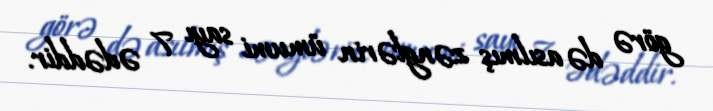
görə də asılmış zənglərin ümumi sayı 7 ədəddir.